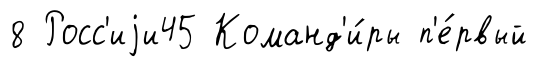
8 Росс'иjи45 Команд'и́ры п'е́рвый